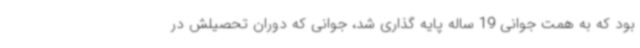
بود که به همت جوانی 19 ساله پایه گذاری شد، جوانی که دوران تحصیلش در